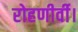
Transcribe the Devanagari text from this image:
रोहणीर्वी।